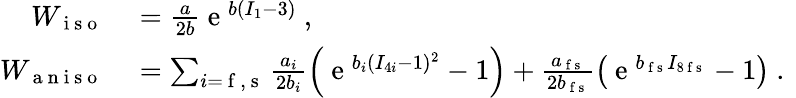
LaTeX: \begin{array}{rl}{W_{\mathrm{~i~s~o~}}}&{{}=\frac{a}{2b}\mathrm{~e~}^{b(I_{1}-3)}\mathrm{~,~}}\\ {W_{\mathrm{~a~n~i~s~o~}}}&{{}=\sum_{i=\mathrm{~f~},\mathrm{~s~}}\frac{a_{i}}{2b_{i}}\left(\mathrm{~e~}^{b_{i}(I_{4i}-1)^{2}}-1\right)+\frac{a_{\mathrm{~f~s~}}}{2b_{\mathrm{~f~s~}}}\left(\mathrm{~e~}^{b_{\mathrm{~f~s~}}I_{8\mathrm{~f~s~}}}-1\right)\mathrm{~.~}}\end{array}